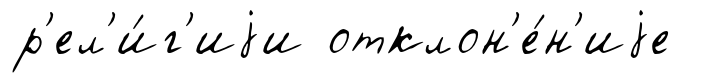
р'ел'и́г'иjи отклон'е́н'иjе